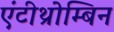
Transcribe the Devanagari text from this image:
एंटीथ्रोम्बिन